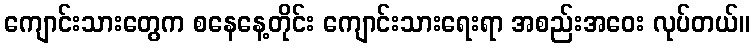
ကျောင်းသားတွေက စနေနေ့တိုင်း ကျောင်းသားရေးရာ အစည်းအဝေး လုပ်တယ်။